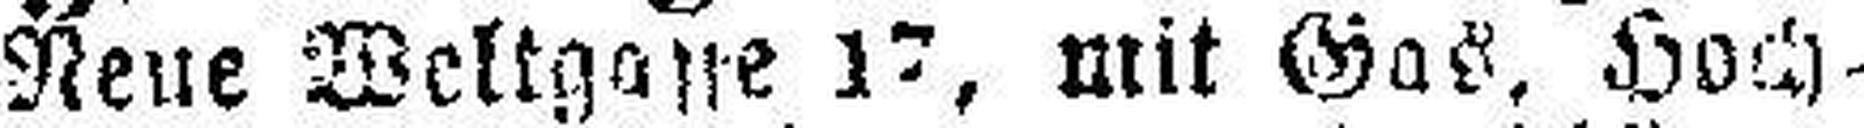
Neue Weltgasse 17, mit Gas, Hoch¬